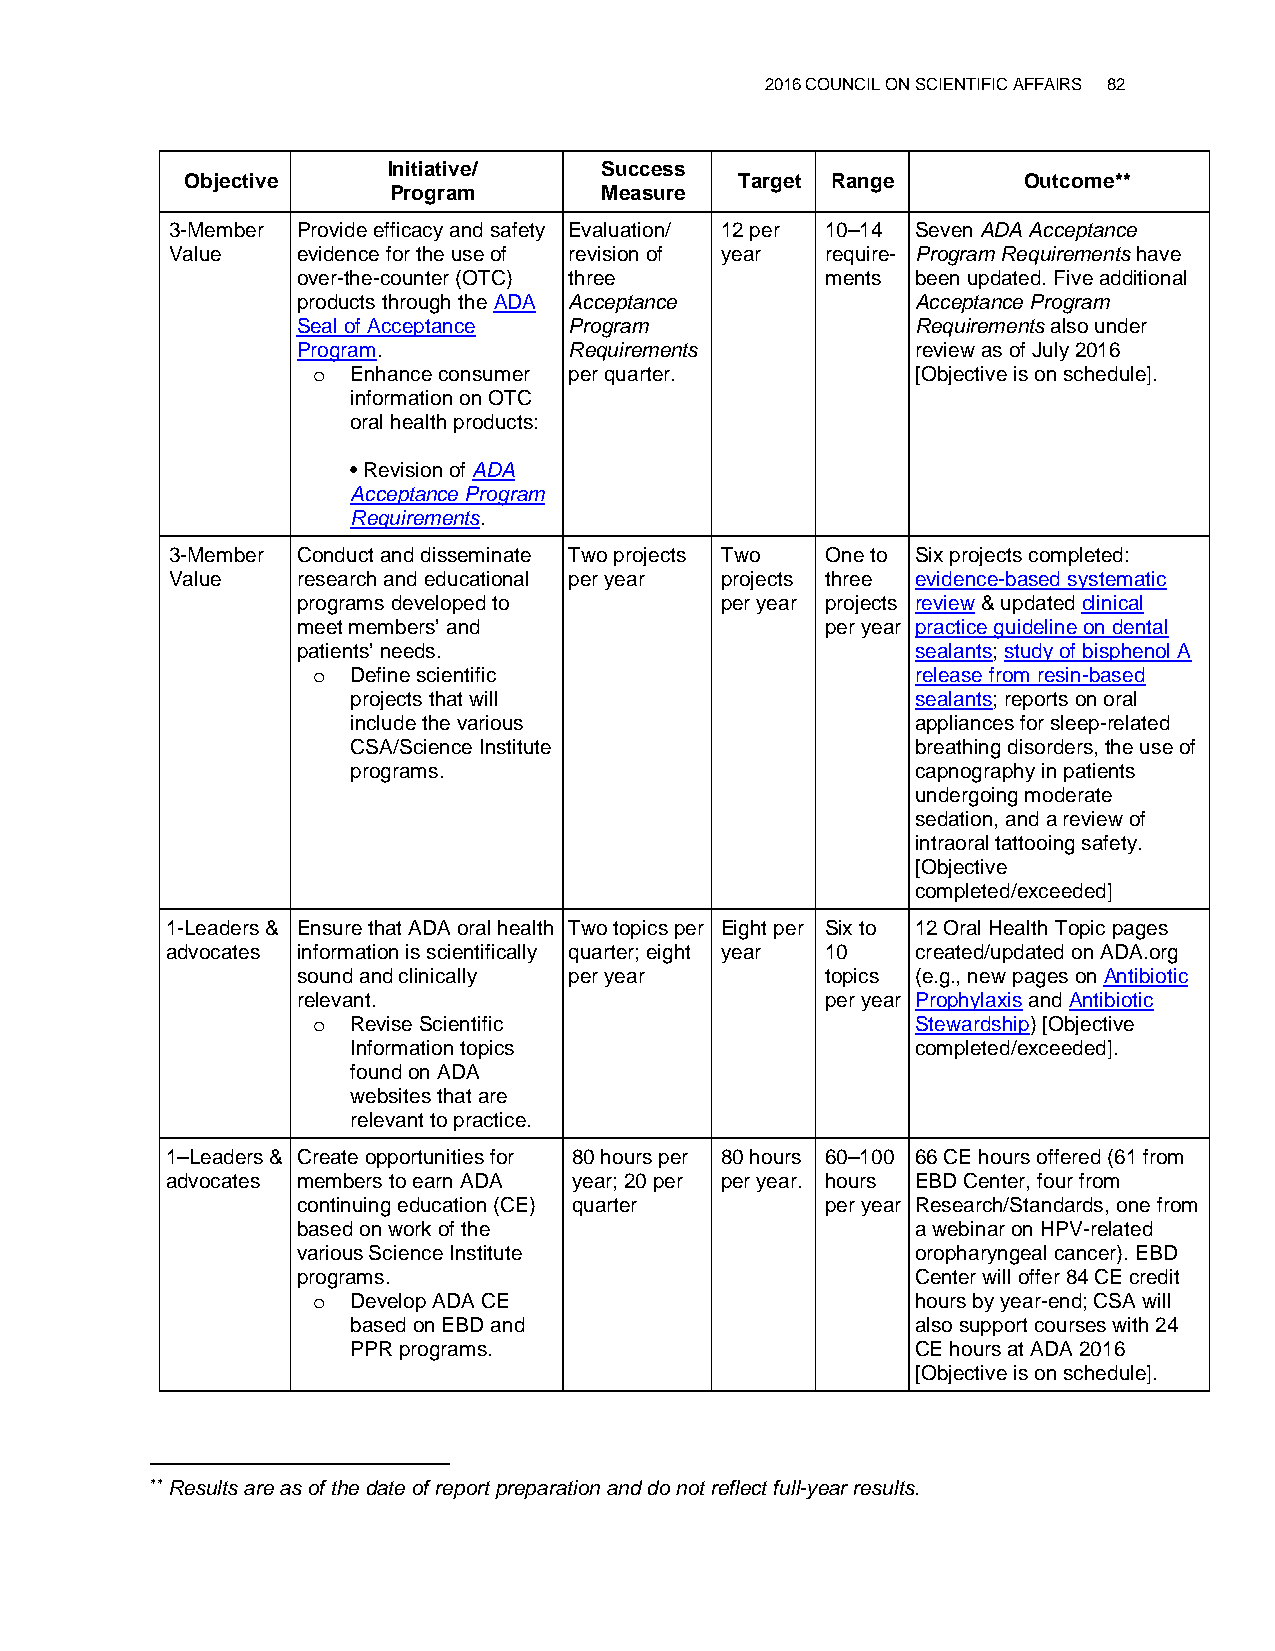
2016 COUNCIL ON SCIENTIFIC AFFAIRS 82
 Initiative/   Success
 Objective                            Target Range       Outcome**
 Program       Measure
 3-Member Provide efficacy and safety Evaluation/ 12 per 10–14 Seven ADA Acceptance
 Value    evidence for the use of revision of year require- Program Requirements have
 over-the-counter (OTC) three       ments been updated. Five additional
 products through the ADA Acceptance      Acceptance Program
 Seal of Acceptance Program               Requirements also under
 Program.          Requirements           review as of July 2016
 Enhance consumer per quarter.         [Objective is on schedule].
 o
 information on OTC
 oral health products:
 •Revision of ADA
 Acceptance Program
 Requirements.
 3-Member Conduct and disseminate Two projects Two One to Six projects completed:
 Value    research and educational per year projects three evidence-based systematic
 programs developed to       per year projects review & updated clinical
 meet members’ and                  per year practice guideline on dental
 patients’ needs.                         sealants; study of bisphenol A
 Define scientific                     release from resin-based
 o
 projects that will                    sealants; reports on oral
 include the various                   appliances for sleep-related
 CSA/Science Institute                 breathing disorders, the use of
 programs.                             capnography in patients
 undergoing moderate
 sedation, and a review of
 intraoral tattooing safety.
 [Objective
 completed/exceeded]
 1-Leaders & Ensure that ADA oral health Two topics per Eight per Six to 12 Oral Health Topic pages
 advocates information is scientifically quarter; eight year 10 created/updated on ADA.org
 sound and clinically per year      topics (e.g., new pages on Antibiotic
 relevant.                          per year Prophylaxis and Antibiotic
 Revise Scientific                     Stewardship) [Objective
 o
 Information topics                    completed/exceeded].
 found on ADA
 websites that are
 relevant to practice.
 1–Leaders & Create opportunities for 80 hours per 80 hours 60–100 66 CE hours offered (61 from
 advocates members to earn ADA year; 20 per per year. hours EBD Center, four from
 continuing education (CE) quarter  per year Research/Standards, one from
 based on work of the                     a webinar on HPV-related
 various Science Institute                oropharyngeal cancer). EBD
 programs.                                Center will offer 84 CE credit
 Develop ADA CE                        hours by year-end; CSA will
 o
 based on EBD and                      also support courses with 24
 PPR programs.                         CE hours at ADA 2016
 [Objective is on schedule].
 ** Results are as of the date of report preparation and do not reflect full-year results.